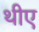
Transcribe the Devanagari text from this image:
थीए